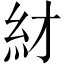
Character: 䊷